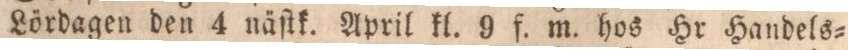
Lördagen den 4 näſtk. April kl. 9 f. m. hos Hr Handels=